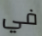
في